Vaccination in Bombay 1863-1868 - 1863-1868
Year: 1863
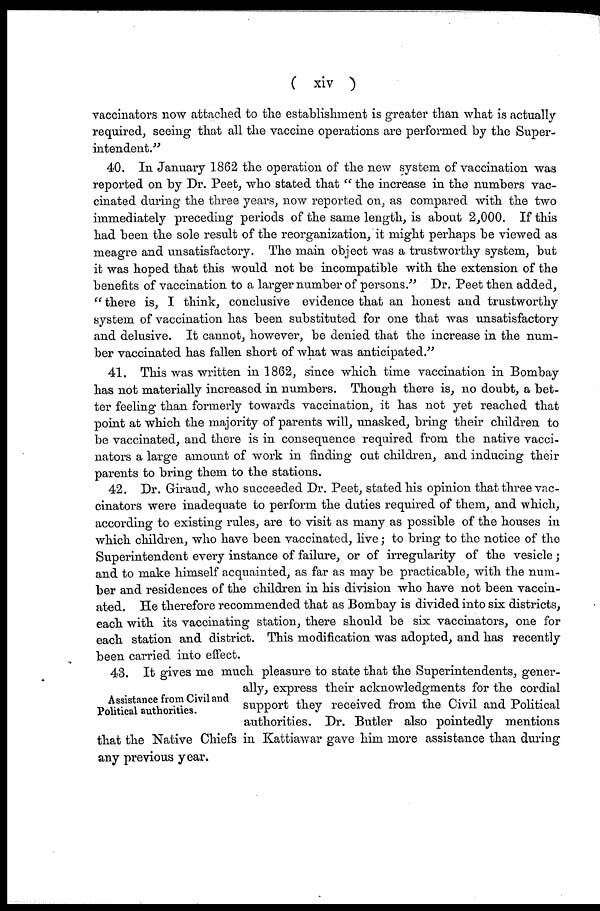
( xiv )
vaccinators now attached to the establishment is greater than what is actually
required, seeing that all the vaccine operations are performed by the Super-
intendent."
40. In January 1862 the operation of the new system of vaccination was
reported on by Dr. Peet, who stated that " the increase in the numbers vac-
cinated during the three years, now reported on, as compared with the two
immediately preceding periods of the same length, is about 2,000. If this
had been the sole result of the reorganization, it might perhaps be viewed as
meagre and unsatisfactory. The main object was a trustworthy system, but
it was hoped that this would not be incompatible with the extension of the
benefits of vaccination to a larger number of persons." Dr. Peet then added,
"there is, I think, conclusive evidence that an honest and trustworthy
system of vaccination has been substituted for one that was unsatisfactory
and delusive. It cannot, however, be denied that the increase in the num-
ber vaccinated has fallen short of what was anticipated."
41. This was written in 1862, since which time vaccination in Bombay
has not materially increased in numbers. Though there is, no doubt, a bet-
ter feeling than formerly towards vaccination, it has not yet reached that
point at which the majority of parents will, unasked, bring their children to
be vaccinated, and there is in consequence required from the native vacci-
nators a large amount of work in finding out children, and inducing their
parents to bring them to the stations.
42. Dr. Giraud, who succeeded Dr. Peet, stated his opinion that three vac-
cinators were inadequate to perform the duties required of them, and which,
according to existing rules, are to visit as many as possible of the houses in
which children, who have been vaccinated, live; to bring to the notice of the
Superintendent every instance of failure, or of irregularity of the vesicle;
and to make himself acquainted, as far as may be practicable, with the num-
ber and residences of the children in his division who have not been vaccin-
ated. He therefore recommended that as Bombay is divided into six districts,
each with its vaccinating station, there should be six vaccinators, one for
each station and district. This modification was adopted, and has recently
been carried into effect.
Assistance from Civil and
Political authorities.
43. It gives me much pleasure to state that the Superintendents, gener-
ally, express their acknowledgments for the cordial
support they received from the Civil and Political
authorities. Dr. Butler also pointedly mentions
that the Native Chiefs in Kattiawar gave him more assistance than during
any previous year.